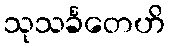
သုသင်္ခတေဟိ